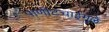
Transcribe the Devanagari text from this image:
पाणीटंचाईमुळे